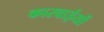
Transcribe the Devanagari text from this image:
कारवाईयों